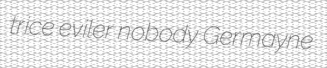
trice eviler nobody Germayne